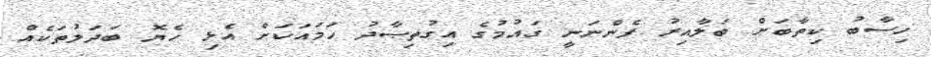
ހިސާބު ކިތާބަށް ބަލާއިރު ފެންނަނީ ގައުމުގެ އިގުތިޞާދު ހަމައަކަށް އެޅި ހެޔޮ ބަދަލުތަކެއް